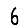
Digit: 6